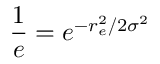
\frac { 1 } { e } = e ^ { - r _ { e } ^ { 2 } / 2 \sigma ^ { 2 } }